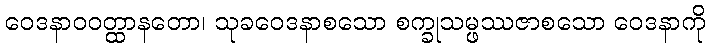
ဝေဒနာဝဝတ္ထာနတော၊ သုခဝေဒနာစသော စက္ခုသမ္ဖဿဇာစသော ဝေဒနာကို